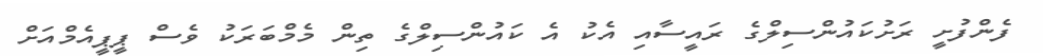
ފެންފުށީ ރަށުކައުންސިލްގެ ރައީސާއި އެކު އެ ކައުންސިލްގެ ތިން މެމްބަރަކު ވެސް ޕީޕީއެމްއަށް